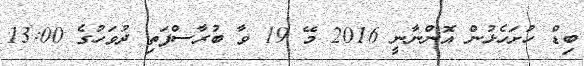
ބިޑް ހުށަހެޅުން އޮންނާނީ 2016 މޭ 19 ވާ ބުރާސްފަތި ދުވަހުގެ 13:00